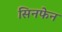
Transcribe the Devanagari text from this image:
सिनफेन